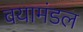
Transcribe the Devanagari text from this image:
वयामंडल